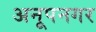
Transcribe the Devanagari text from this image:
अनूपनगर